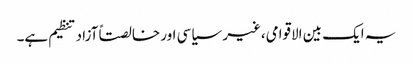
یہ ایک بین الاقوامی،غیر سیاسی اور خالصتاً آزاد تنظیم ہے۔